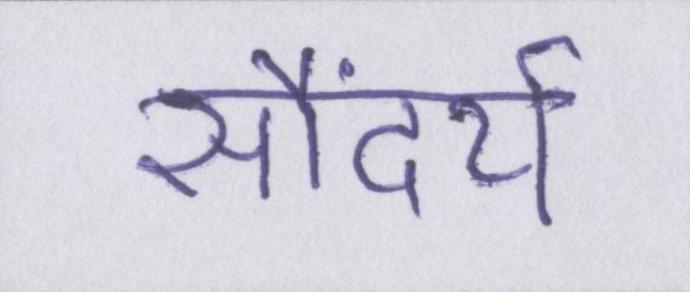
सौंदर्य